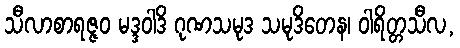
သီလာစာရဇ္ဇဝ မဒ္ဒဝါဒိ ဂုဏသမုဒ သမုဒိတေန၊ ဝါရိတ္တသီလ,